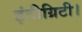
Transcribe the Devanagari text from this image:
इंटीग्रिटी।